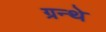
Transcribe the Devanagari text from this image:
ग्रन्थे